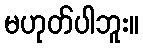
မဟုတ်ပါဘူး။